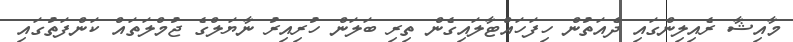
މާއިޝާ ރެއިލިންގައި ދެއަތުން ހިފަހައްޓާލައިގެން ތިރި ބަލަން ހުރިއިރު ނާޔަލްގެ ޖުމްލަތައް ކަންފަތުގައި